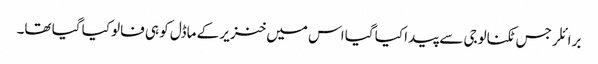
برائلر جس ٹکنالوجی سے پیدا کیا گیا اس میں خنزیر کے ماڈل کو ہی فالو کیا گیا تھا۔